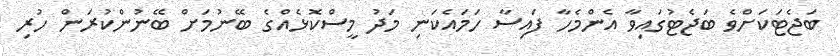
ބަޖެޓަކަށްވެ ބަޖެޓުގައިވާ އެންމެހާ ފައިސާ ހަމައެކަނި މަދު މީސްކޮޅެއްގެ ބޭނުމަށް ބޭނުންކުރަން ހުރި